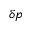
\delta p